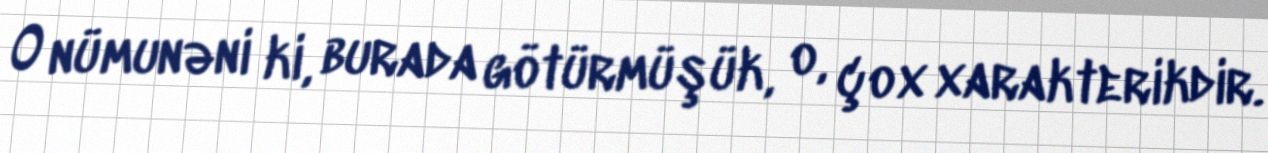
O nümunəni ki, burada götürmüşük, o, çox xarakterikdir.